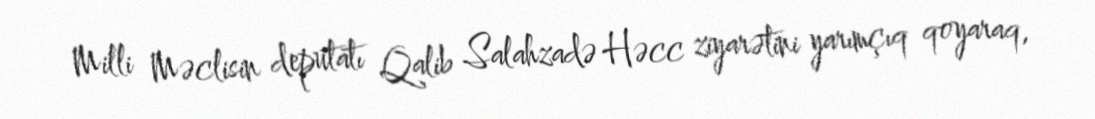
Milli Məclisin deputatı Qalib Salahzadə Həcc ziyarətini yarımçıq qoyaraq,